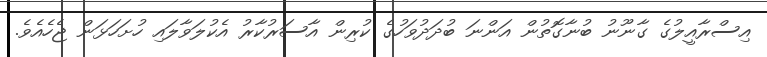
އިސްރާއީލުގެ ގާނޫނު ބުނާގޮތުން އަންނަ ބުދަދުވަހުގެ ކުރިން އާސަރުކާރު އެކުލަވާލައި ހުށަހަޅަން ޖެހެއެވެ.